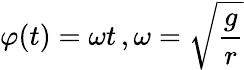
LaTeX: \varphi(t)=\omega t\, ,\omega={\sqrt{\frac{g}{r}}}